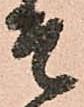
そ